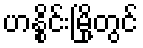
ဟနွိုင်းမြို့တွင်